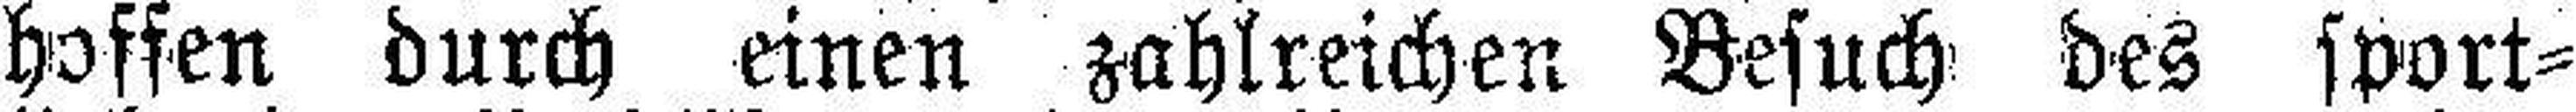
hoffen durch einen zahlreichen Besuch des sport¬